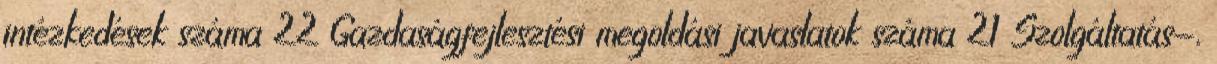
intézkedések száma 22 Gazdaságfejlesztési megoldási javaslatok száma 21 Szolgáltatás-,